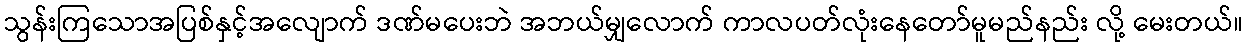
သွန်းကြသောအပြစ်နှင့်အလျောက် ဒဏ်မပေးဘဲ အဘယ်မျှလောက် ကာလပတ်လုံးနေတော်မူမည်နည်း လို့ မေးတယ်။